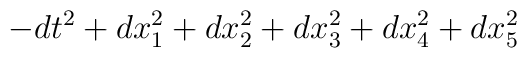
-dt^2 + dx_1^2 + dx_2^2 +dx_3^2 + dx_4^2 + dx_5^2